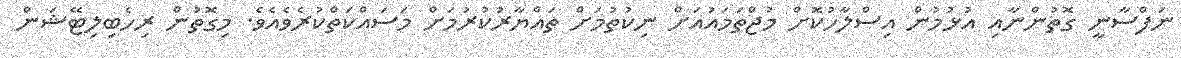
ނަފްސާނީ ގޮތުންނާއި އުޅުމުން އިސްލާހުކޮށް މުޖްތަމައުއަށް ނިކުތުމަށް ތައްޔާރުކުރުމަށް މަސައްކަތްކުރެވެއެވެ. މިގޮތުން ރިހެބިލިޓޭޝަން